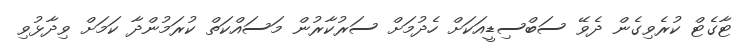
ޓާގެޓް ކުރެވިގެން ދެވޭ ސަބްސިޑީއަކަށް ހެދުމަށް ސަރުކާރުން މަސައްކަތް ކުރަމުންދާ ކަމަށް ވިދާޅުވި